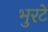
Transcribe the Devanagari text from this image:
भुरटे